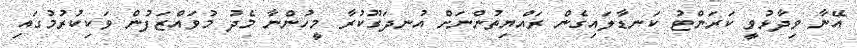
އޭނާ ވިދާޅުވީ ކަރަންޓު ކަނޑާލައިގެން ރައްޔިތުންނަށް އުނދަގޫކުރާ މީހުންނާ މެދު މުވައްޒަފުން ވަކިކުރުމުގައި